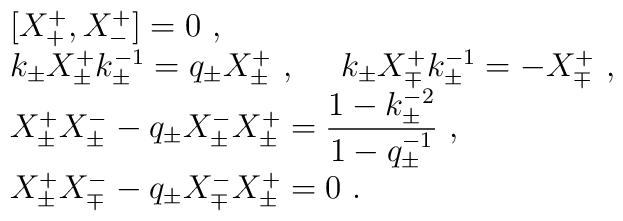
\begin{array}{rcl}& &[X^+_+,X^+_-]=0~,\\& &k_\pm X^+_\pm k_\pm^{-1}=q_\pm X^+_\pm~,~~~~k_\pm X^+_\mp k_\pm^{-1}=-X^+_\mp~,\\& &X^+_\pm X^-_\pm - q_\pm X^-_\pm X^+_\pm=\displaystyle\frac{1-k^{-2}_\pm}   {1-q^{-1}_\pm}~,\\& &X^+_\pm X^-_\mp-q_\pm X^-_\mp X^+_\pm=0~.\end{array}